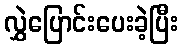
လွှဲပြောင်းပေးခဲ့ပြီး